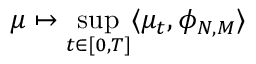
\mu \mapsto \operatorname* { s u p } _ { t \in [ 0 , T ] } \langle \mu _ { t } , \phi _ { N , M } \rangle